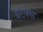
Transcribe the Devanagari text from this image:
बटक्स